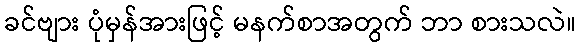
ခင်ဗျား ပုံမှန်အားဖြင့် မနက်စာအတွက် ဘာ စားသလဲ။